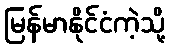
မြန်မာနိုင်ငံကဲ့သို့